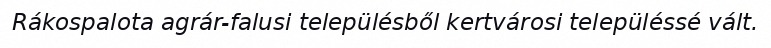
Rákospalota agrár-falusi településből kertvárosi településsé vált.